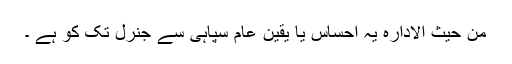
من حیث الادارہ یہ احساس یا یقین عام سپاہی سے جنرل تک کو ہے ۔